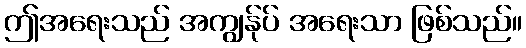
ဤအရေးသည် အကျွန်ုပ် အရေးသာ ဖြစ်သည်။